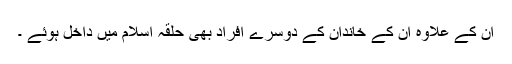
ان کے علاوہ ان کے خاندان کے دوسرے افراد بھی حلقہ اسلام میں داخل ہوئے ۔